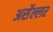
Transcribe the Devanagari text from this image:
अर्सेल्लर